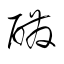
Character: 醗